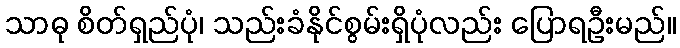
သာဓု စိတ်ရှည်ပုံ၊ သည်းခံနိုင်စွမ်းရှိပုံလည်း ပြောရဦးမည်။